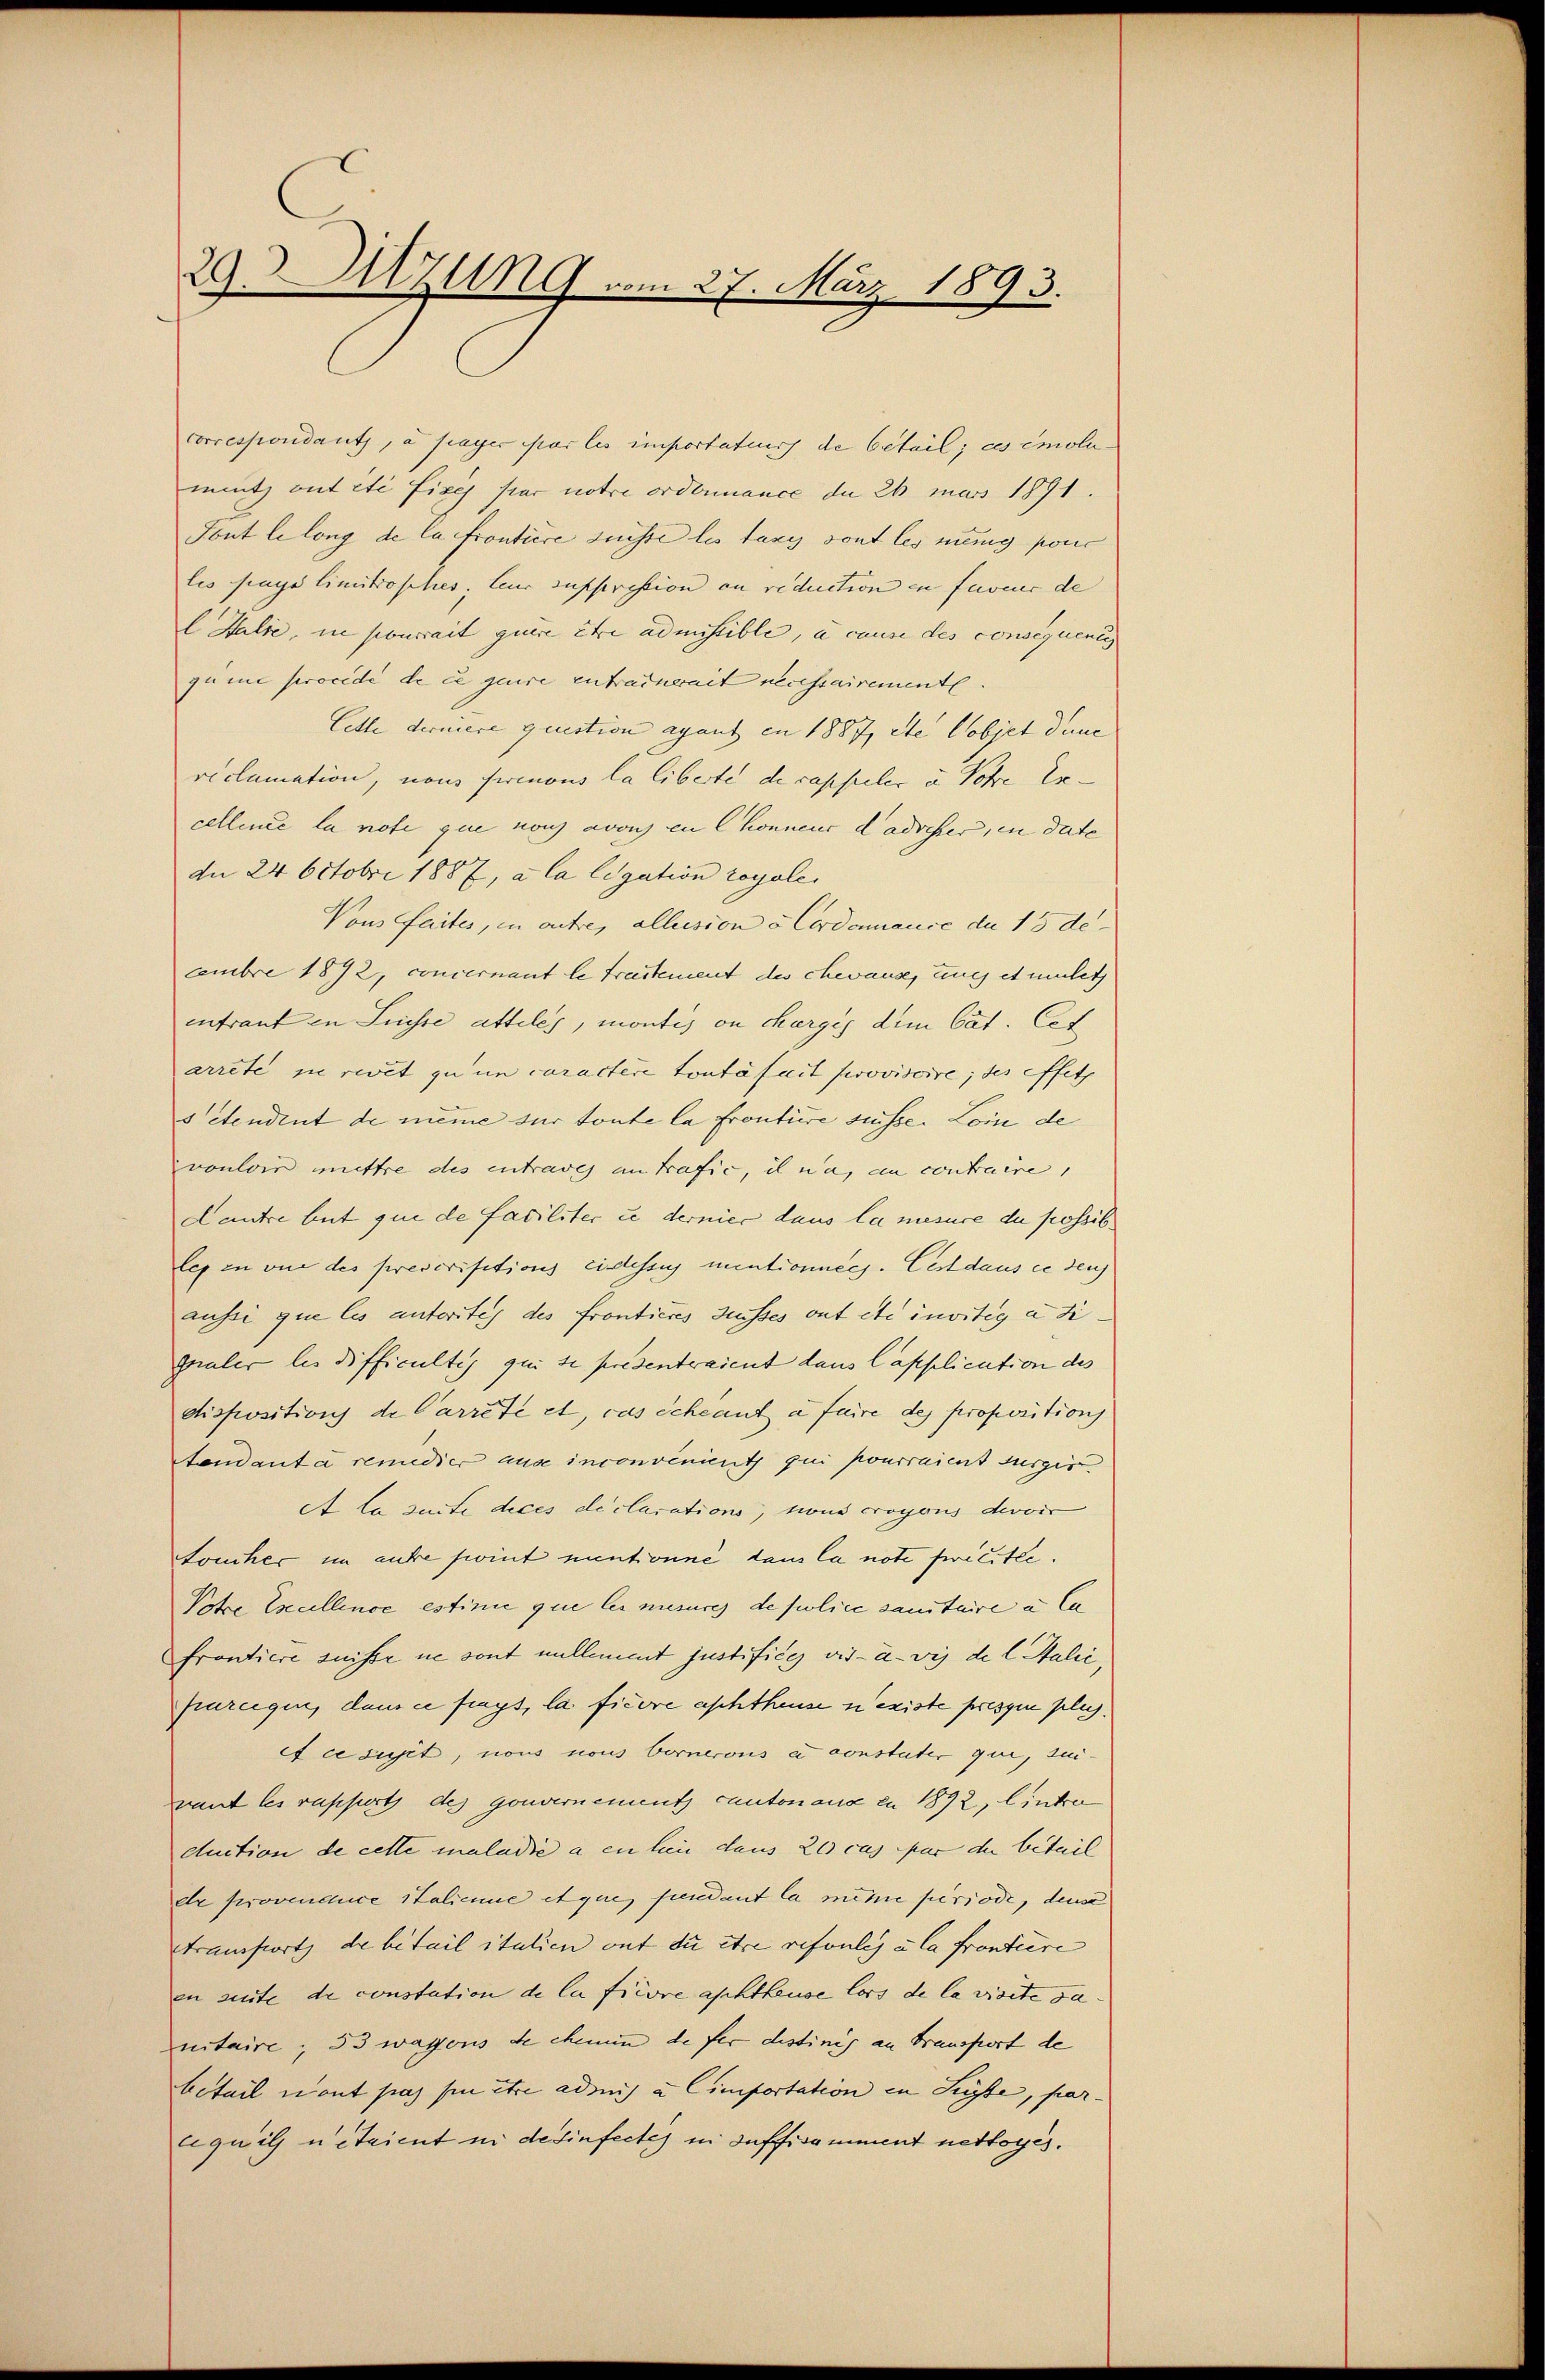
29. Sitzung vom 27. März 1893.

correspondants, à payer par les importateurs de betail; ces emolumütz auf etc fixes par notre ordonnance de 26 mars 1891.
Fout le long de la frontiice suisse les tany sont les menig ponc
les pays limitisches, teur suppristion an reduction in faveur de
l Halse, in pourrait quere être admissible, à cause des consequent
guine procede de ce quire entrainerait necessairemente.
Cette derniere question agant in 1887, etc Cobjet dene
riclamation, nous prenous la liberte de capseler u. Sohre Ex-
cellence la note que noch avois in Chonneur dadrecher, in date
dee 24 Octobri 1887, a la ligation royale
Vons faites, in autre, alleision à Cordonnance de 15 de
cembre 1892, concernant le trastement des chevause, une et mulet
intraut in Suste atteles, montis ou charges dem Cat. Cet
arrete ne revet zu un caractere toutäfait provisoire, des effets
setendent de même sur toute la Frontire süsse. Loin de
vouloir mettre des entrag an trafie, il na, en contraire,
Lantre but que de faciliter u dernier dans la mesure du possib.
les in vor des prescrisitions eidesse mentionners. Cest dans ce denj
aussi que les autorites des frontieres Grusses ont etc invitig an dignaler les difficultes qui se presenteraient dans Capplication des
dispositions de Carrete et, das sche auf a faire des Proposition
tandant à remedier ause inconvenient qui pourraient surgir
At la suite dices déclarations, tous croyens devoir
touches im ente fint mentonne dans la note freute.
Potce Excellence estinie que les mesures de police sanitaire in Ca
frontiere suisse ne sont nullement justifices vis-à-vis de l. Stalić
purigen, dans ce frags, la ficore aschthause n’existe pressin pleg.
ef ce sust, nous nous bornerons et constater que, zei-
vant les rapfert des gouvernement cantonanz zu 1892, linker
duction de cette maladie a en hin dans 20 cas par die beteil
er provendice Salienne et que pendant la mine periode, dense
Arausfort de betail italien auf die être refoulis u la frontire
in gute de constation de la fiiore aschthause lors de la visite da
uitaire, 53 wagonis de chemin de für distinis an Transport de
betail neut pas sie itre admis à Cimportation in Suste, par-
quig u Staient in desinfectes in oeffisamment nettoges.